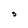
Character: 3